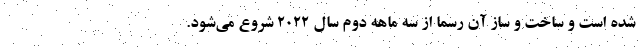
شده است و ساخت و ساز آن رسما از سه ماهه دوم سال ۲۰۲۲ شروع می‌شود.